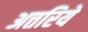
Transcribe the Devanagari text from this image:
अत्तरिये